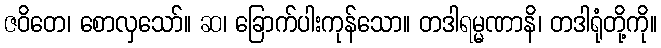
ဇဝိတေ၊ စောလှသော်။ ဆ၊ ခြောက်ပါးကုန်သော။ တဒါရမ္မဏာနိ၊ တဒါရုံတို့ကို။